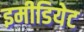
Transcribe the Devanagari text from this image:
इमीडियेट